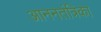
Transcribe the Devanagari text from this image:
आननतंत्रिका